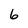
Character: 6